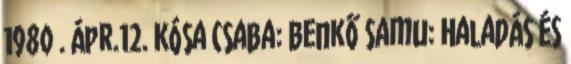
1980 . ápr.12. Kósa Csaba: Benkő Samu: Haladás és